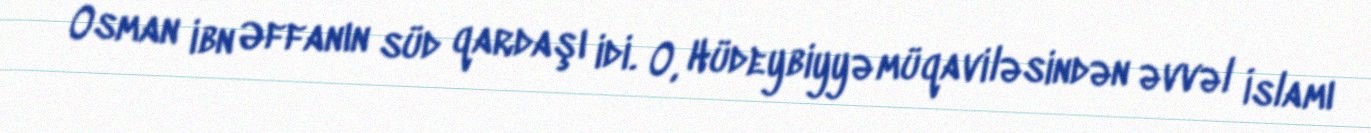
Osman ibn Əffanın süd qardaşı idi. O, Hüdeybiyyə müqaviləsindən əvvəl İslamı